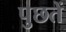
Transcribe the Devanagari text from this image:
पुछतें